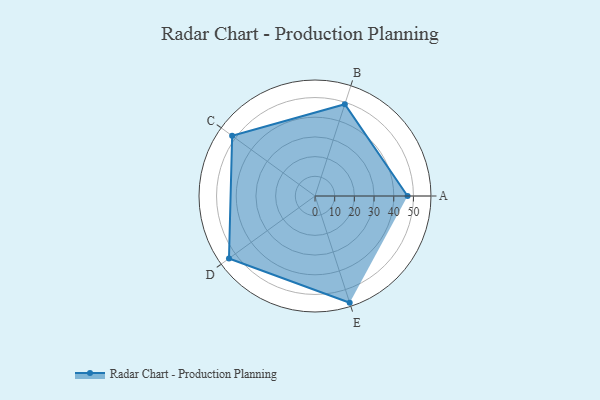
{"axis": {"x": "Skill", "y": "Score"}, "legend": ["Profile"], "data": [{"x": "A", "y": 47.0, "type": "Profile"}, {"x": "B", "y": 49.0, "type": "Profile"}, {"x": "C", "y": 52.0, "type": "Profile"}, {"x": "D", "y": 54.0, "type": "Profile"}, {"x": "E", "y": 57.0, "type": "Profile"}]}